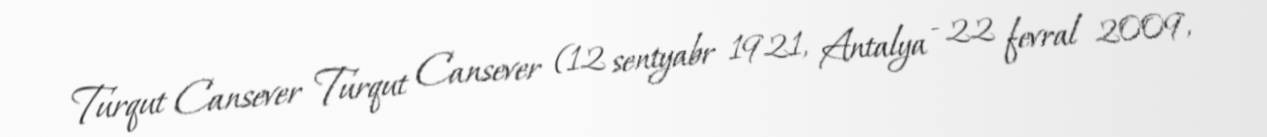
Turqut Cansever Turqut Cansever (12 sentyabr 1921, Antalya - 22 fevral 2009,